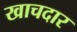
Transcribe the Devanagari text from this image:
खाचदार